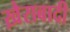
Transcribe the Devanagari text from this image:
ख़ैराबादी